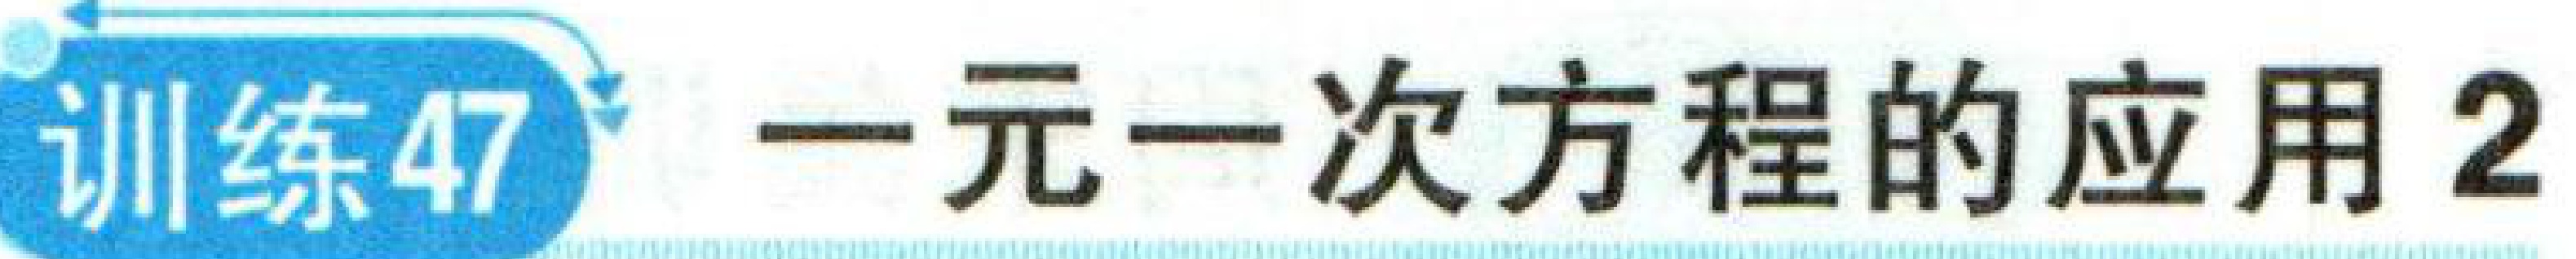
训练47 一元一次方程的应用2